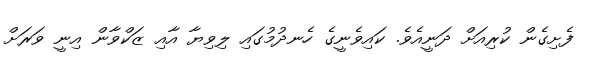
ފެށިގެން ކުރިއަށް ދަނީއެވެ. ކައިވެނީގެ ހެނދުމުގައި ލިވިޔާ އާއި ޒަކްވާން އިނީ ވަރަށް